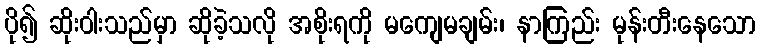
ပို၍ ဆိုးဝါးသည်မှာ ဆိုခဲ့သလို အစိုးရကို မကျေမချမ်း၊ နာကြည်း မုန်းတီးနေသော